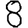
Digit: 8